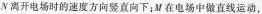
N离开电场时的速度方向竖直向下；M在电场中做直线运动。